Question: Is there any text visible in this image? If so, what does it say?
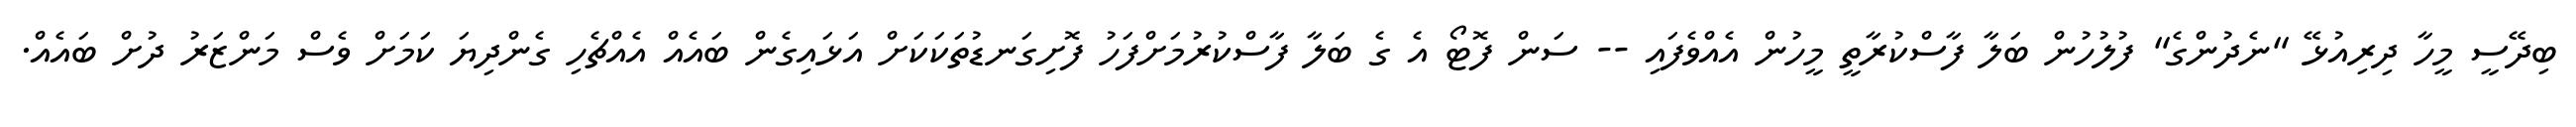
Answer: ބިދޭސީ މީހާ ދިރިއުޅޭ "ނެދުންގެ" ފުލުހުން ބަލާ ފާސްކުރާތީ މީހުން އެއްވެފައި -- ސަން ފޮޓޯ އެ ގެ ބަލާ ފާސްކުރުމަށްފަހު ފޮށިގަނޑުތަކަކަށް އަޅައިގެން ބައެއް އެއްޗެހި ގެންދިޔަ ކަމަށް ވެސް މަންޒަރު ދުށް ބައެއް.